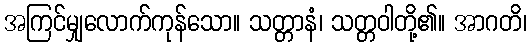
အကြင်မျှလောက်ကုန်သော။ သတ္တာနံ၊ သတ္တဝါတို့၏။ အာဂတိ၊